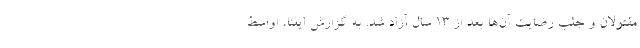
مقتولان و جلب رضایت آن‌ها بعد از ۱۳ سال آزاد شد. به گزارش ایلنا، اواسط